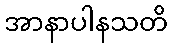
အာနာပါနသတိ